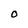
Character: O